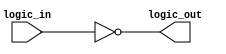
module inverting_buffer (
    input wire logic_in,
    output wire logic_out
);

assign logic_out = ~logic_in;

endmodule